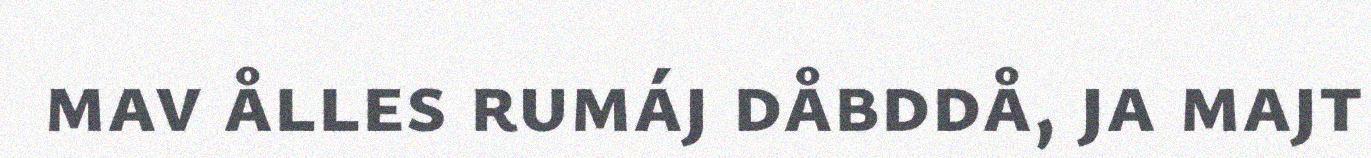
mav ålles rumáj dåbddå, ja majt